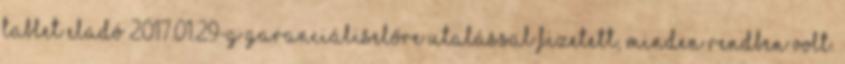
tablet eladó 2017.01.29-g garanciálisElőre utalással fizetett, minden rendben volt.